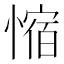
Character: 𫺿